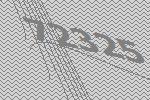
72325